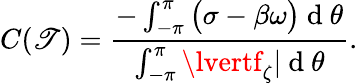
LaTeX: C(\mathscr{T})=\frac{{-\int_{-\pi}^{\pi}\big(\sigma-\beta\omega\big)\mathrm{{~d~}}\theta}}{{\int_{-\pi}^{\pi}\lvertf_{\zeta}\vert\mathrm{{~d~}}\theta}}.